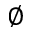
\varnothing